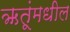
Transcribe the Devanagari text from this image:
ऋतूंमधील